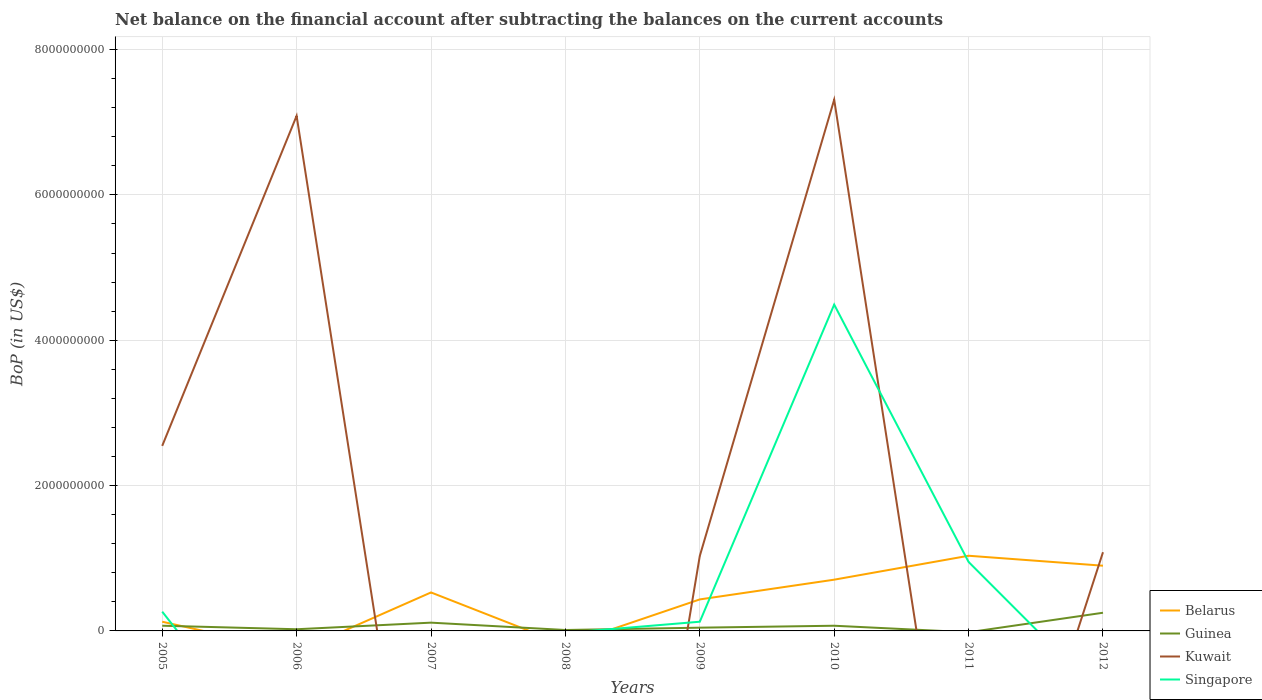
| Years | Belarus | Guinea | Kuwait | Singapore |
 | --- | --- | --- | --- | --- |
 | 2005 | 1.27e+08 | 7.17e+07 | 2.55e+09 | 2.65e+08 |
 | 2006 | -2.86e+08 | 2.3e+07 | 7.09e+09 | -2.09e+09 |
 | 2007 | 5.29e+08 | 1.14e+08 | -4.73e+09 | -2.82e+09 |
 | 2008 | -1.94e+08 | 1.27e+07 | -1e+10 | -2.69e+07 |
 | 2009 | 4.34e+08 | 4.48e+07 | 1.03e+09 | 1.27e+08 |
 | 2010 | 7.05e+08 | 7.13e+07 | 7.31e+09 | 4.49e+09 |
 | 2011 | 1.03e+09 | -1.83e+07 | -4.62e+09 | 9.49e+08 |
 | 2012 | 8.97e+08 | 2.5e+08 | 1.08e+09 | -9.03e+08 |